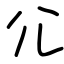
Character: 尣